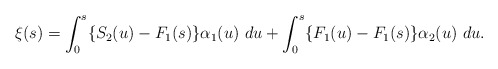
\begin{align*} \xi(s) = \int_0^s \{ S_2(u) - F_1(s) \} \alpha_{1}(u) \ du + \int_0^s \{ F_1(u) - F_1(s) \} \alpha_{2}(u) \ du. \end{align*}